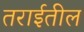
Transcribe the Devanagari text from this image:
तराईतील